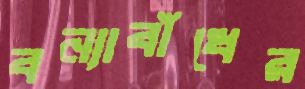
বন্যাবাঁধের